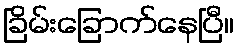
ခြိမ်းခြောက်နေပြီ။